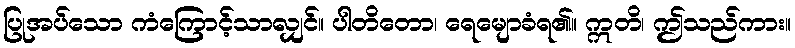
ပြုအပ်သော ကံကြောင့်သာလျှင်။ ပါတိတော၊ ရေမျောခံရ၏။ ဣတိ၊ ဤသည်ကား။